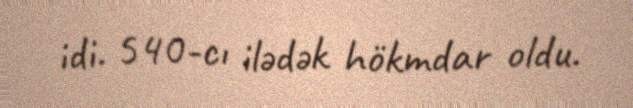
idi. 540-cı ilədək hökmdar oldu.